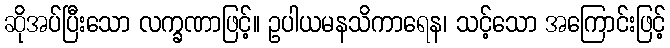
ဆိုအပ်ပြီးသော လက္ခဏာဖြင့်။ ဥပါယမနသိကာရေန၊ သင့်သော အကြောင်းဖြင့်